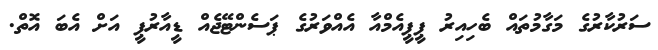
ސަރުކާރުގެ މަގާމުތައް ބެހިއިރު ޕީޕީއެމްއާ އެއްވަރުގެ ޕަސެންޓޭޖެއް ޑީއާރުޕީ އަށް އެބަ އޮތް.